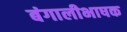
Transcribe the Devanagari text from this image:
बंगालीभाषक